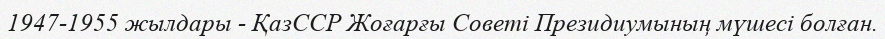
1947-1955 жылдары - ҚазССР Жоғарғы Советі Президиумының мүшесі болған.